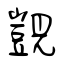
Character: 覬